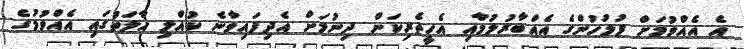
އެ އެއްވުމަށް ފުލުހުންގެ އެއްބާރުލުމާއި އެހީތެރިކަން ދިނުމަށް އެދިފައިވާނެ ކުއްލި ހާލަތުގައި އެއްވުމުގެ